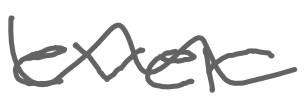
Text: ever
Cross-out: wave
Writing tool: digital_gray